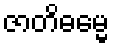
ဇာတိဓမ္မေ